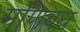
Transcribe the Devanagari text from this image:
मणिबध